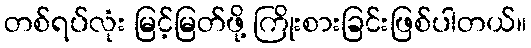
တစ်ရပ်လုံး မြင့်မြတ်ဖို့ ကြိုးစားခြင်းဖြစ်ပါတယ်။